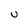
Character: U